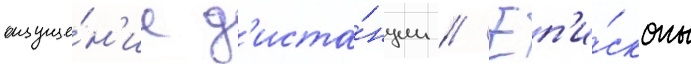
ощуще́н'ие д'иста́нции // Еп'и́скопы